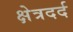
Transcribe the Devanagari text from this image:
क्षेत्रदर्द